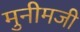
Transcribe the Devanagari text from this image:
मुनीमजी